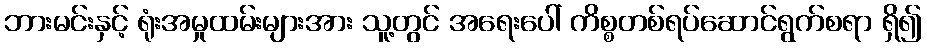
ဘားမင်းနှင့် ရုံးအမှုထမ်းများအား သူ့တွင် အရေးပေါ် ကိစ္စတစ်ရပ်ဆောင်ရွက်စရာ ရှိ၍